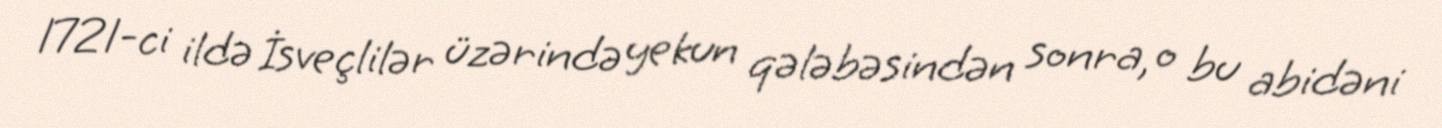
1721-ci ildə İsveçlilər üzərində yekun qələbəsindən sonra, o bu abidəni